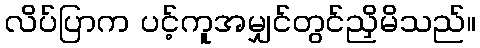
လိပ်ပြာက ပင့်ကူအမျှင်တွင်ညှိမိသည်။